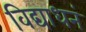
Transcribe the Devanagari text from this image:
विद्याधनं